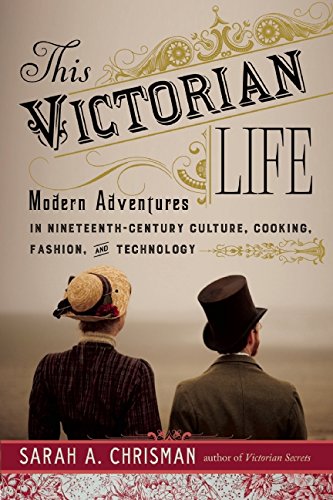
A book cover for This Victorian Life: Modern Adventures in Nineteenth-Century Culture, Cooking, Fashion, and Technology; Sarah A. Chrisman; Biographies & Memoirs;